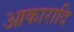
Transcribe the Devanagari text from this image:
आकारादि